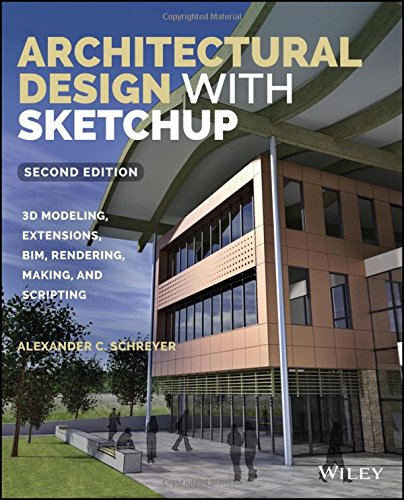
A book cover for Architectural Design with SketchUp: 3D Modeling, Extensions, BIM, Rendering, Making, and Scripting; Alexander C. Schreyer; Arts & Photography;